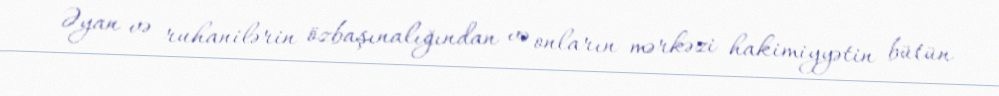
Əyan və ruhanilərin özbaşınalığından və onların mərkəzi hakimiyyətin bütün